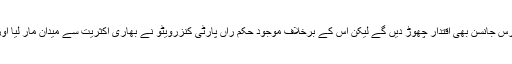
بظاہر یہی لگ رہا تھا کہ وزیراعظم بورس جانسن بھی اقتدار چھوڑ دیں گے لیکن اس کے برخلاف موجود حکم راں پارٹی کنزرویٹو نے بھاری اکثریت سے میدان مار لیا اور بریگزٹ کے لیے راستہ ہم وار ہوگیا۔